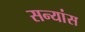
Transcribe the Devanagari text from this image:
सन्यांस